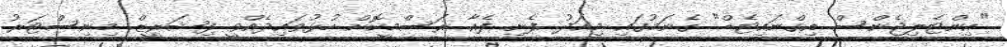
"އިންޓެލިޖެންސް އިގްނައިޓެޑް" ގެނަމުގައި މިއަދު ފެށި ފެއާ ރަސްމީކޮށް ހުޅުވައިދެއްވީ ފިޝަރީޒް މިނިސްޓަރު